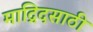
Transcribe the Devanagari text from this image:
माद्रिदसाठी